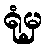
ရုံမှ